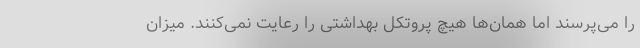
را می‌پرسند اما همان‌ها هیچ پروتکل بهداشتی را رعایت نمی‌کنند. میزان